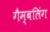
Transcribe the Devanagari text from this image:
गैम्बलिंग